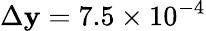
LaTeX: \Delta{\mathbf{y}}=7.5\times10^{-4}